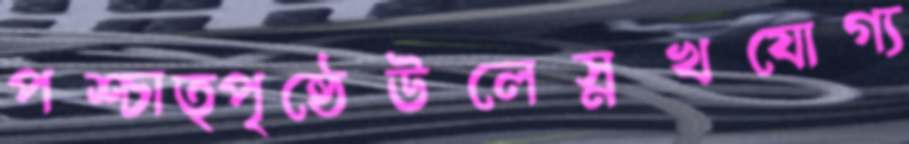
পশ্চাত্পৃষ্ঠেউলেস্নখযোগ্য